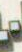
-